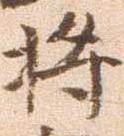
将